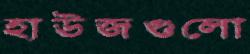
হাউজগুলো